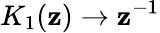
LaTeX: K_{1}(\mathbf{z})\to\mathbf{z}^{-1}